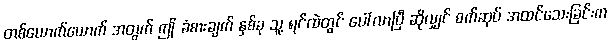
တစ်ယောက်ယောက် အတွက် ဤ ခံစားချက် နှစ်ခု သူ့ ရင်ထဲတွင် ပေါ်လာပြီ ဆိုလျှင် စက်ဆုပ် အထင်သေးခြင်းက